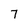
Character: 7